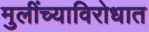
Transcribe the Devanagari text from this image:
मुलींच्याविरोधात